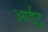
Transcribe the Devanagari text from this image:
आईटू